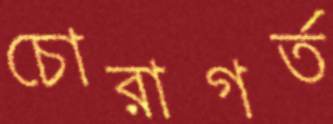
চোরাগর্ত